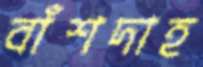
বাঁশদাহ